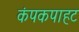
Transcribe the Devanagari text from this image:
कंपकपाहट